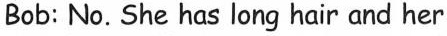
Bob: No. She has long hair and her